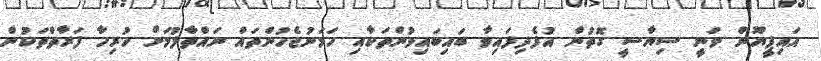
އައިޕީޔޫން ވަނީ ސިޔާސީ ގޮތުން އުފެދިފައިވާ ބައިބައިވުންތަކާއި ހަމަނުޖެހުންތައް ނައްތާލުމަށް ހުރިހާ ފަރާތްތަކުން